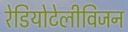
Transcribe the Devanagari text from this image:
रेडियोटेलीविजन